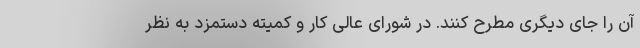
آن را جای دیگری مطرح کنند. در شورای عالی کار و کمیته دستمزد به نظر